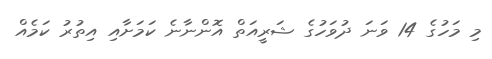
މި މަހުގެ 14 ވަނަ ދުވަހުގެ ޝަރީއަތް އޮންނާނެ ކަމަށާއި އިތުރު ކަމެއް